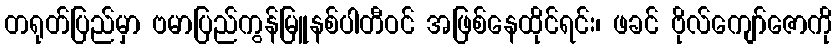
တရုတ်ပြည်မှာ ဗမာပြည်ကွန်မြူနစ်ပါတီဝင် အဖြစ်နေထိုင်ရင်း၊ ဖခင် ဗိုလ်ကျော်ဇောကို